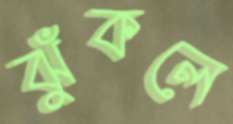
ঝুঁকলে